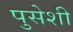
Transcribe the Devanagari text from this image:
पुसेशी